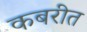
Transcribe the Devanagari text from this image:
कबरीत